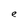
Character: e